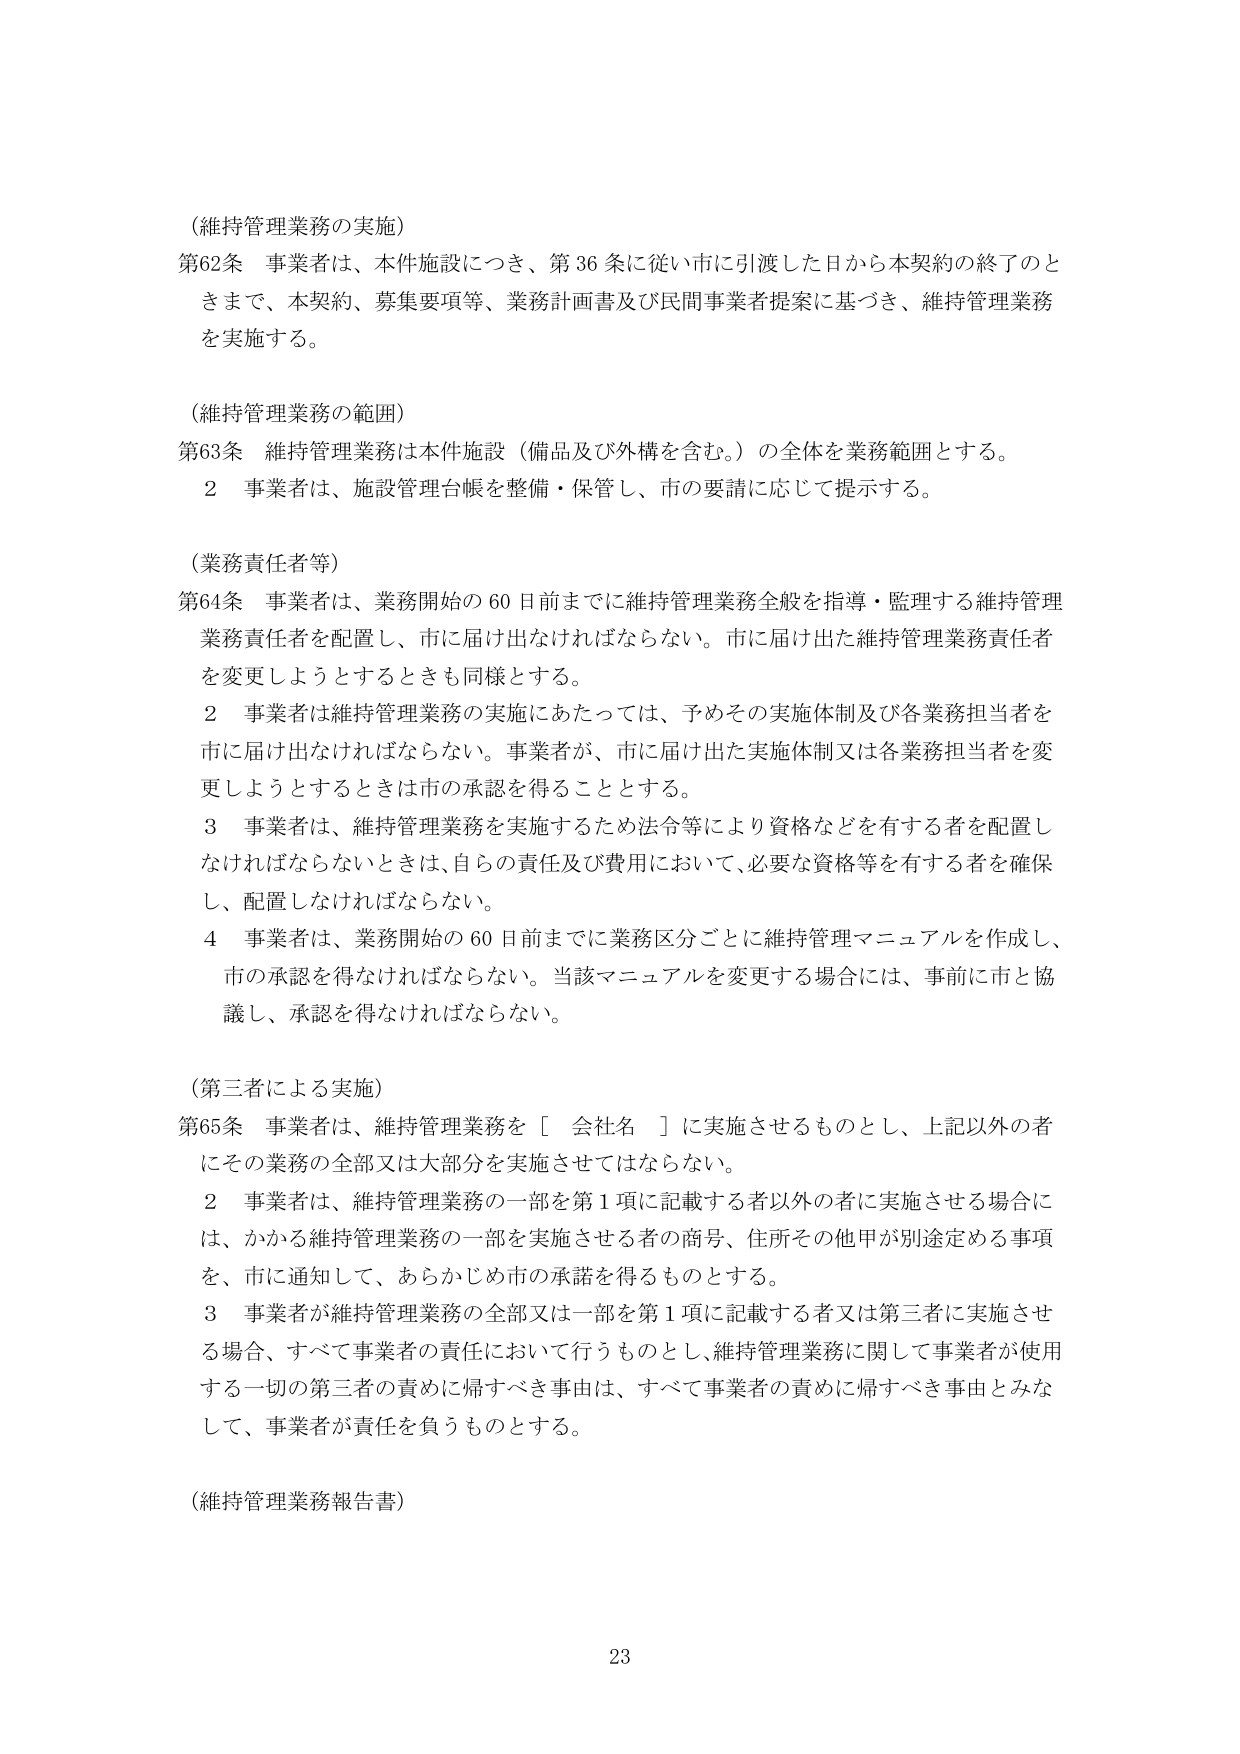
（維持管理業務の実施）
第62条 事業者は、本件施設につき、第36条に従い市に引渡した日から本契約の終了のときまで、本契約、募集要項等、業務計画書及び民間事業者提案に基づき、維持管理業務を実施する。

（維持管理業務の範囲）
第63条 維持管理業務は本件施設（備品及び外構を含む。）の全体を業務範囲とする。
　　2 事業者は、施設管理台帳を整備・保管し、市の要請に応じて提示する。

（業務責任者等）
第64条 事業者は、業務開始の60日前までに維持管理業務全般を指導・監理する維持管理業務責任者を配置し、市に届け出なければならない。市に届け出た維持管理業務責任者を変更しようとするときも同様とする。
　　2 事業者は維持管理業務の実施にあたっては、予めその実施体制及び各業務担当者を市に届け出なければならない。事業者が、市に届け出た実施体制又は各業務担当者を変更しようとするときは市の承認を得ることとする。
　　3 事業者は、維持管理業務を実施するため法令等により資格などを有する者を配置しなければならないときは、自らの責任及び費用において、必要な資格等を有する者を確保し、配置しなければならない。
　　4 事業者は、業務開始の60日前までに業務区分ごとに維持管理マニュアルを作成し、市の承認を得なければならない。当該マニュアルを変更する場合には、事前に市と協議し、承認を得なければならない。

（第三者による実施）
第65条 事業者は、維持管理業務を［会社名］に実施させるものとし、上記以外の者にその業務の全部又は大部分を実施させてはならない。
　　2 事業者は、維持管理業務の一部を第1項に記載する者以外の者に実施させる場合には、かかる維持管理業務の一部を実施させる者の商号、住所その他甲が別途定める事項を、市に通知して、あらかじめ市の承諾を得るものとする。
　　3 事業者が維持管理業務の全部又は一部を第1項に記載する者又は第三者に実施させる場合、すべて事業者の責任において行うものとし、維持管理業務に関して事業者が使用する一切の第三者の責めに帰すべき事由は、すべて事業者の責めに帰すべき事由とみなして、事業者が責任を負うものとする。

（維持管理業務報告書）

23